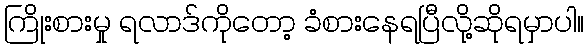
ကြိုးစားမှု ရလာဒ်ကိုတော့ ခံစားနေရပြီလို့ဆိုရမှာပါ။